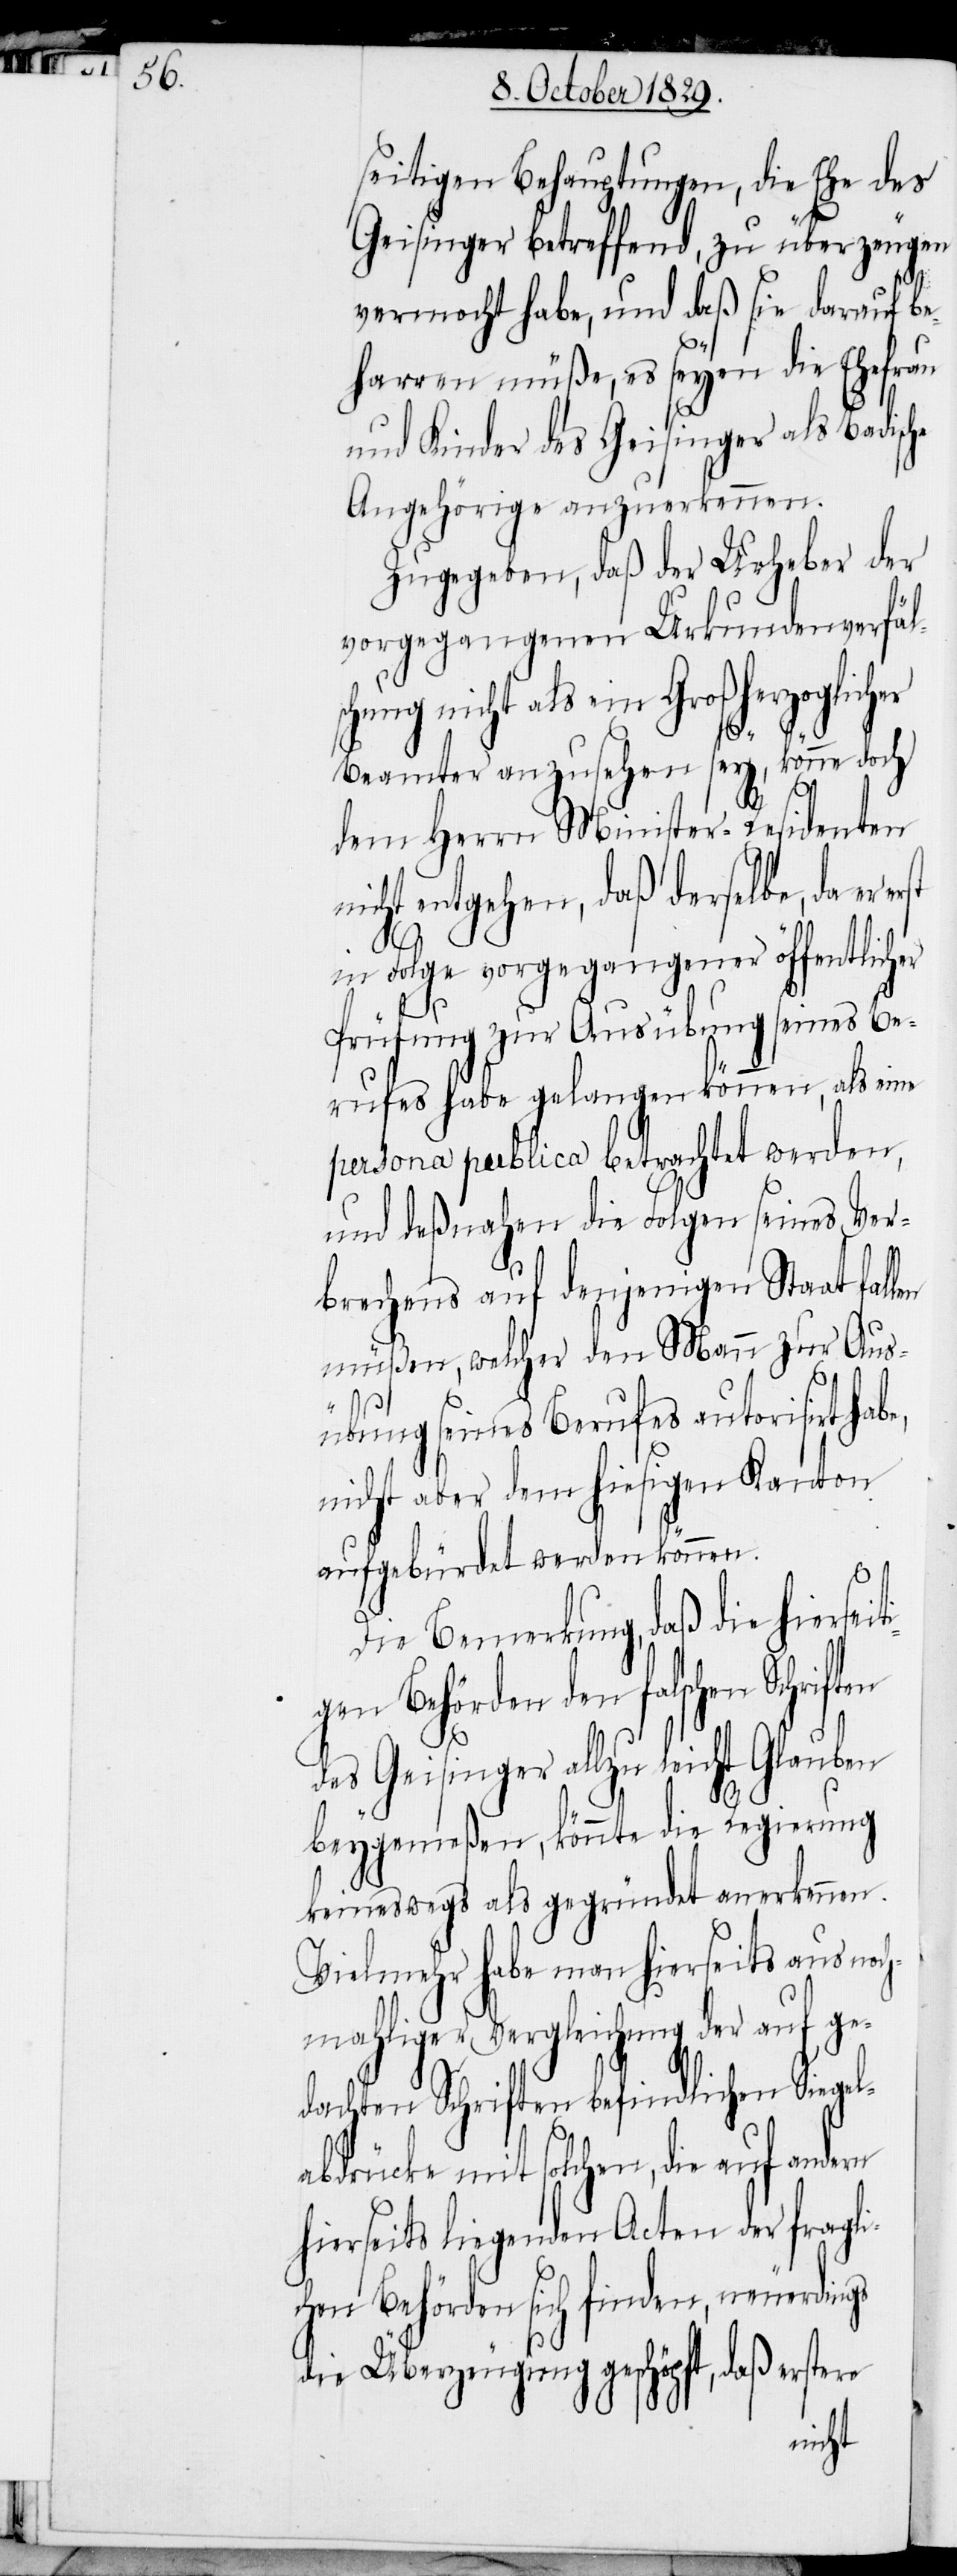
en

seitigen Behauptungen, die Ehe des
Geisinger betreffend, zu überzeugen
vermocht habe, und daß sie darauf be¬
harren müße, es seyen die Ehefrau
und Kinder des Geisinger als Badische
Angehörige anzuerkennen.
Zugegeben, daß der Urheber der
vorgegangenen Urkundenverfäl¬
hung nicht als ein Großherzoglic¬
Beamter anzusehen sey, könne doch
dem Herrn Minister-Residenten
nicht entgehen, daß derselbe, da er
ti¬
in Folge vorgegangener öffentlicher
Prüfung zur Ausübung seines Be¬
rufes habe gelangen können, als eine
persona publica betrachtet werden,
und deßnahen die Folgen seines Ver¬
brechens auf denjenigen Staat fal¬
müßen, welcher den Mann zur Aus¬
übung seines Berufes autorisirt habe,
nicht aber dem hiesigen Kanton
aufgebürdet werden könne.
Die Bemerkung, daß die hiersei¬
gen Behörden den falschen Schrift¬
des Geisinger allzu leicht Glauben
beygemeßen, könnte die Regierung
keineswegs als gegründet anerkennen.
Vielmehr habe man hierseits aus noc¬
hmahliger Vergleichung der auf ge¬
dachten Schriften befindlichen Sigel¬
abdrücke mit solchen, die auf andern
hierseits liegenden Acten der fragli¬
chen Behörden sich finden, neuerdings
die Überzeugung geschöpft, daß erstere